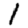
Digit: 1